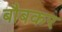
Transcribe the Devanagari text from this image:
बौबकर